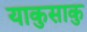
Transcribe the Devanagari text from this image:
याकुसाकु